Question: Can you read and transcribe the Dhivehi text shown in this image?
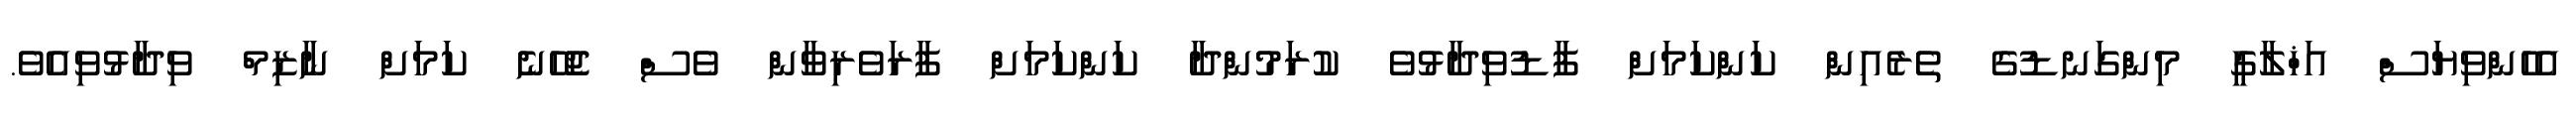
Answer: އެހެންވިޔަސް އަޚްލާގީ މިންގަނޑުގެ ތެރެއިން ކަންކަމަށް ފާޑުވިދާޅުވެ ކުރަމުންދާ ކަންކަމަށް ފާރަވެރިވާން ވެސް ޖެހޭނެ ކަމަށް ނާޒިމް ވިދާޅުވިއެވެ.